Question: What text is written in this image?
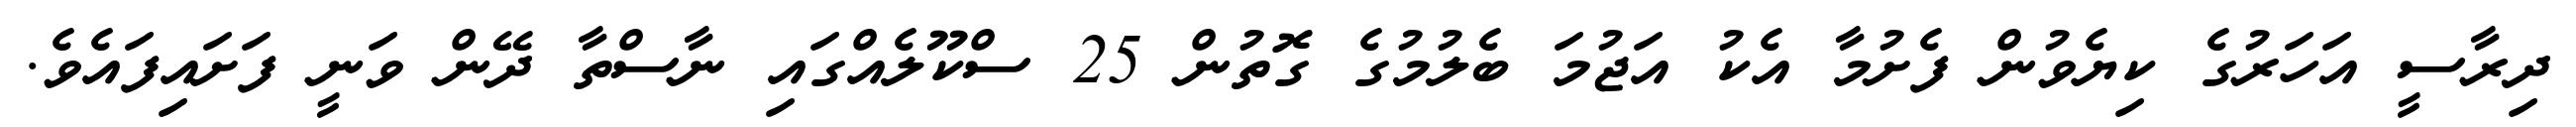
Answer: ދިރާސީ އަހަރުގެ ކިޔެވުން ފެށުމާ އެކު އަޖުމަ ބެލުމުގެ ގޮތުން 25 ސްކޫލެއްގައި ނާސްތާ ދޭން ވަނީ ފަށައިފައެވެ.